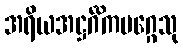
အရိယအဋ္ဌင်္ဂိကမဂ္ဂေသု